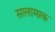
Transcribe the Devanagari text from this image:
सालामाक